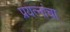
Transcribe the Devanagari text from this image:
प्रयत्‍नांचा